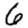
Digit: 6